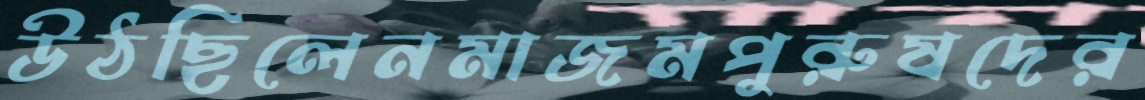
উঠছিলেনমাজমপুরুষদের